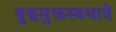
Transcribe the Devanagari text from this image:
बुद्धमुक्तस्वभावे